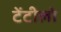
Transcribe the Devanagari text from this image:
टेंटीलो